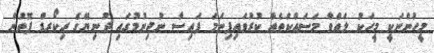
މީހުންނަކީ މީހަކު ލައްވާ މަަސައްކަތެއް ކުރުވައިފިނަމަ ފައިސާ ނުދިނުމުގައި ދުނިޔޭގެ ރިކޯރޑް ފޮތުން